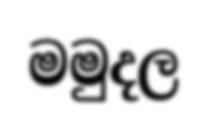
මමුදල